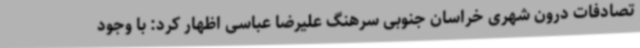
تصادفات درون شهری خراسان جنوبی سرهنگ علیرضا عباسی اظهار کرد: با وجود